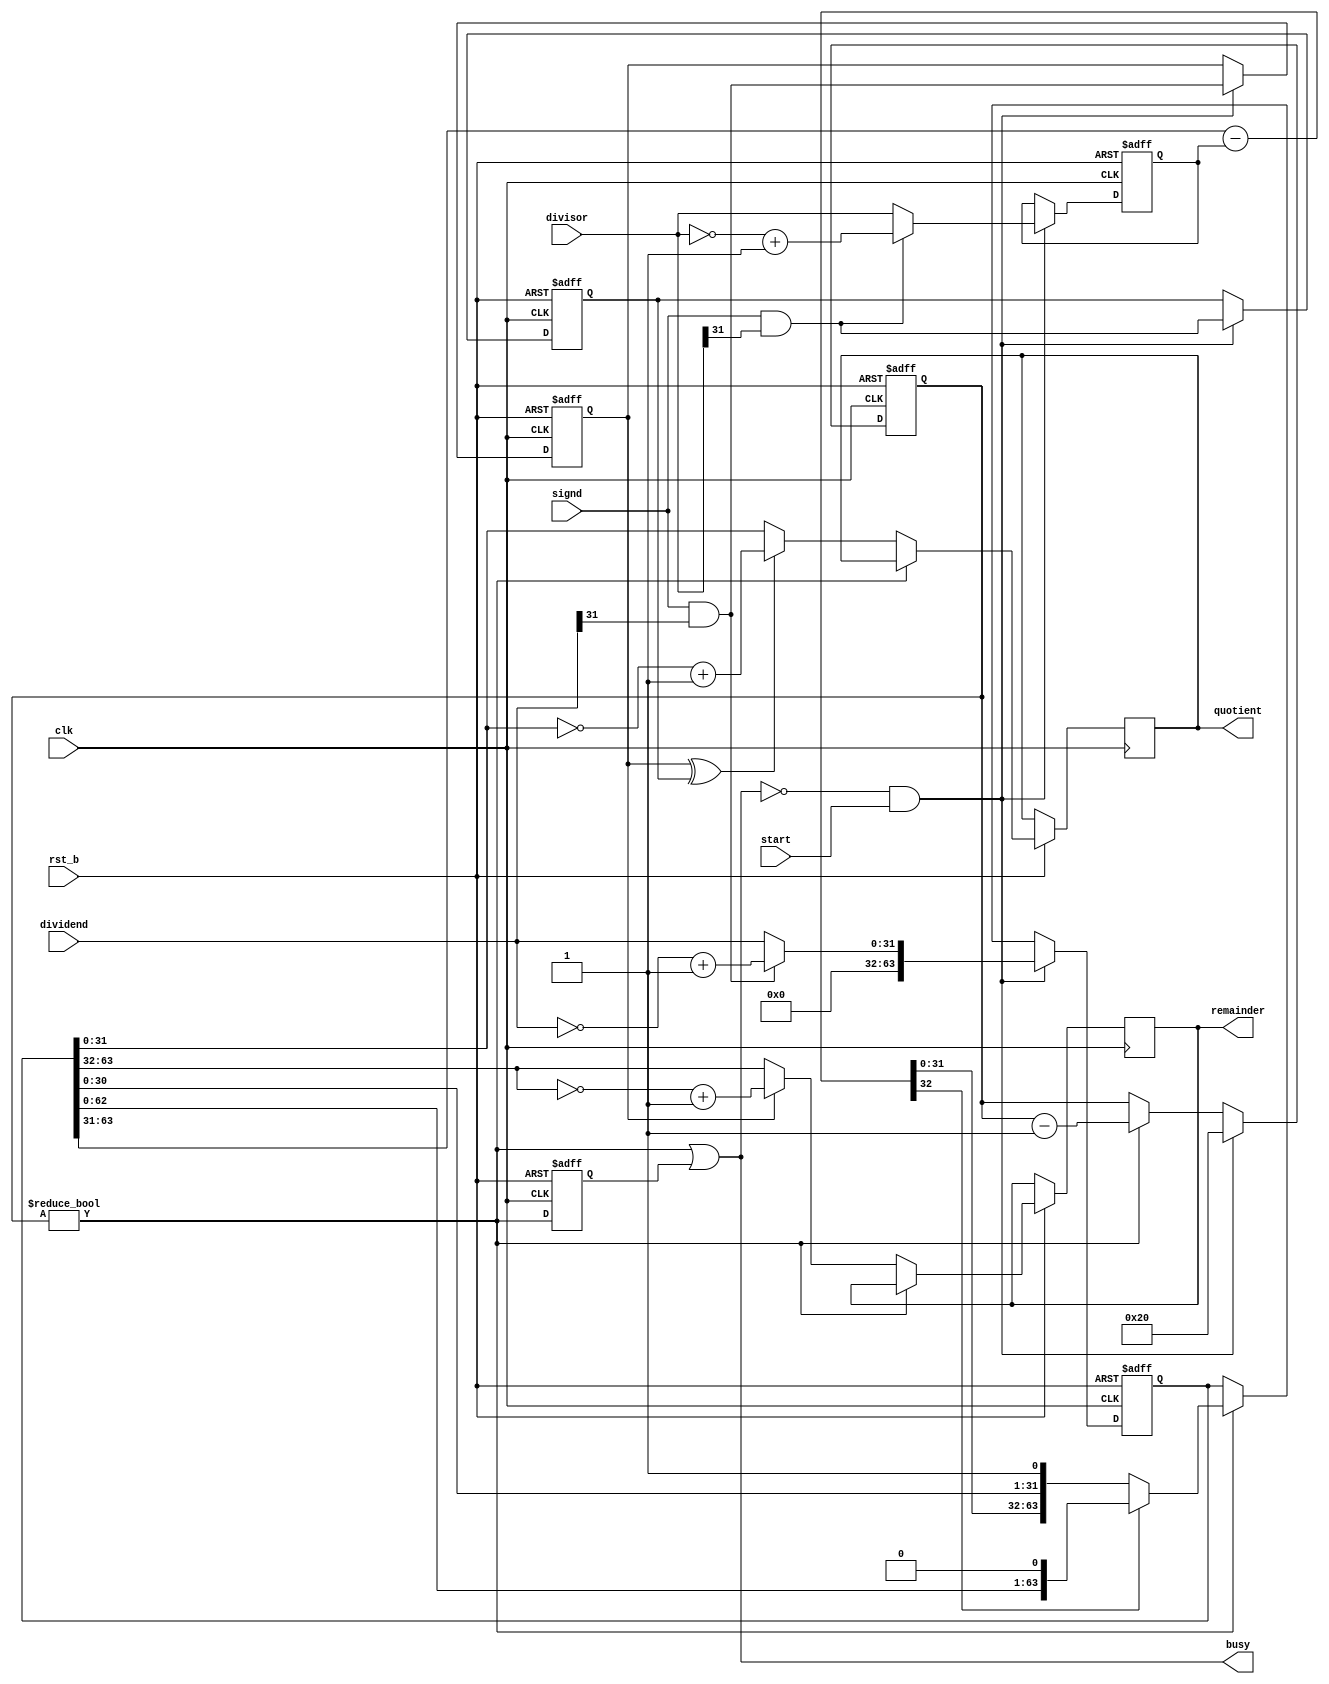
module Div32(quotient, remainder, busy, dividend, divisor, start, clk, signd, rst_b);

	input              clk, rst_b;
	
	input              start, signd;
	output wire        busy;
	
	input       [31:0] dividend, divisor;
	output reg  [31:0] quotient, remainder;
	
	reg [63:0] qr;
	reg  [5:0] curbit = 0;
	
	wire busy_0a = (curbit != 0);
	reg busy_1a = 0; /* It takes one more cycle to make it through. */
	assign busy = busy_0a || busy_1a;
	
	reg [31:0] cur_divisor;
	wire [32:0] diff = qr[63:31] - {1'b0,cur_divisor};
	reg sign_dividend = 0, sign_divisor = 0;
	
	always @(posedge clk or negedge rst_b) begin
		if (!rst_b) begin
			qr <= {64{1'bx}};
			cur_divisor <= {32{1'bx}};
			curbit <= 6'h0;
			sign_dividend <= 0;
			sign_divisor <= 0;
			busy_1a <= 0;
		end else begin
			busy_1a <= busy_0a;
			if (!busy && start) begin
				curbit <= 32;
				sign_dividend <= signd && dividend[31];
				sign_divisor  <= signd && divisor[31];
				
				qr <= {32'h0, (signd && dividend[31]) ? ~dividend + 1 : dividend};
				cur_divisor <= (signd && divisor[31]) ? ~divisor + 1 : divisor;
			end else if (busy_0a) begin
				if (diff[32])
					qr <= {qr[62:0], 1'b0};
				else
					qr <= {diff[31:0], qr[30:0], 1'b1};
				
				curbit <= curbit - 6'h1;
			end
			
			if (!busy_0a) begin
				quotient  <= (sign_dividend ^ sign_divisor) ? ~qr[31:0] + 1 : qr[31:0];
				remainder <= sign_dividend ? ~qr[63:32] + 1 : qr[63:32];
			end
		end
	end
endmodule